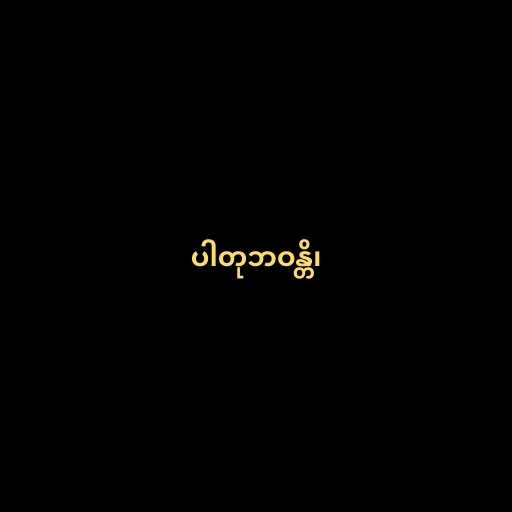
ပါတုဘဝန္တိ၊